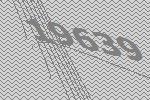
19639